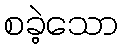
စခဲ့သော